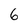
Character: 6